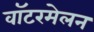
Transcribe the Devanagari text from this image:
वॉटरमेलन